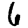
Digit: 6